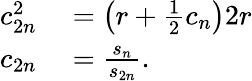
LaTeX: \begin{array}{rl}{c_{2n}^{2}}&{{}{}=\left(r+{\frac{1}{2}}c_{n}\right)2r}\\ {c_{2n}}&{{}{}={\frac{s_{n}}{s_{2n}}}.}\end{array}